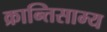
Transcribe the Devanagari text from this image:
क्रान्तिसाम्य